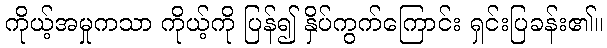
ကိုယ့်အမှုကသာ ကိုယ့်ကို ပြန်၍ နှိပ်ကွက်ကြောင်း ရှင်းပြခန်း၏။